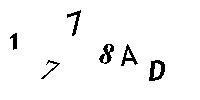
1778AD